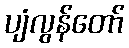
ပျံလွန်တော်